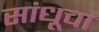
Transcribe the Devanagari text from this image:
सांधूचा